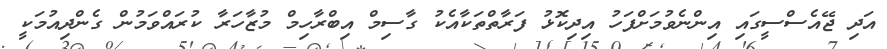
އަދި ޖޭއެސްސީގައި އިންނެވުމަށްފަހު އިދިކޮޅު ފަރާތްތަކާއެކު ގާސިމް އިބްރާހިމް މުޒާހަރާ ކުރައްވަމުން ގެންދިއުމަކީ